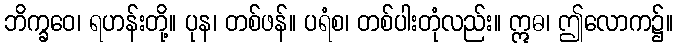
ဘိက္ခဝေ၊ ရဟန်းတို့။ ပုန၊ တစ်ဖန်။ ပရံစ၊ တစ်ပါးတုံလည်း။ ဣဓ၊ ဤလောက၌။